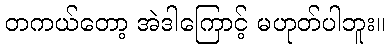
တကယ်တော့ အဲဒါကြောင့် မဟုတ်ပါဘူး။